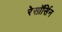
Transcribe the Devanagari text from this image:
रेसॉर्सिन